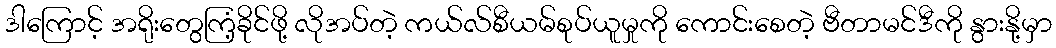
ဒါကြောင့် အရိုးတွေကြံ့ခိုင်ဖို့ လိုအပ်တဲ့ ကယ်လ်စီယမ်စုပ်ယူမှုကို ကောင်းစေတဲ့ ဗီတာမင်ဒီကို နွားနို့မှာ